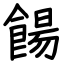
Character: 餳